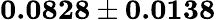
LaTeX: \mathbf{0.0828\pm 0.0138}